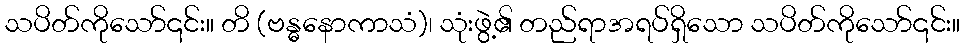
သပိတ်ကိုသော်၎င်း။ တိ (ဗန္ဓနောကာသံ)၊ သုံးဖွဲ့၏ တည်ရာအရပ်ရှိသော သပိတ်ကိုသော်၎င်း။